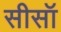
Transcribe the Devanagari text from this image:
सीसॉ